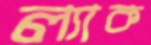
ল্যাক